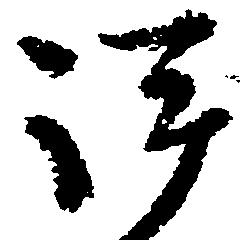
評